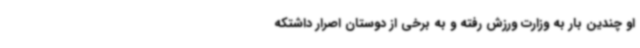
او چندین بار به وزارت ورزش رفته و به برخی از دوستان اصرار داشتکه